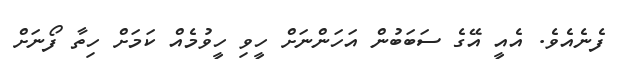
ފެނެއެވެ. އެއީ އޭގެ ސަބަބުން އަހަންނަށް ހީވި ހީވުމެއް ކަމަށް ހިތާ ފޯނަށް